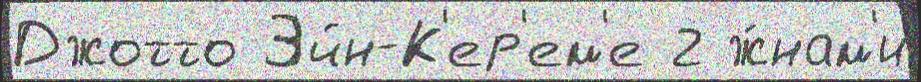
Джотто Эйн-К'ер'ем'е 2 ж́нам'и